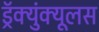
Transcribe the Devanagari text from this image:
ड्रॅक्युंक्यूलस